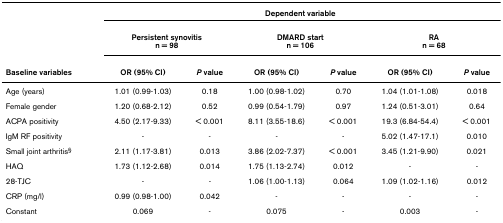
|  | <COLSPAN=6> Dependent variable |
 |  | <COLSPAN=2> Persistent synovitisn = 98 | <COLSPAN=2> DMARD startn = 106 | <COLSPAN=2> RAn = 68 |
 | Baseline variables | OR (95% CI) | P value | OR (95% CI) | P value | OR (95% CI) | P value |
 | --- | --- | --- | --- | --- | --- | --- |
 | Age (years) | 1.01 (0.99-1.03) | 0.18 | 1.00 (0.98-1.02) | 0.70 | 1.04 (1.01-1.08) | 0.018 |
 | Female gender | 1.20 (0.68-2.12) | 0.52 | 0.99 (0.54-1.79) | 0.97 | 1.24 (0.51-3.01) | 0.64 |
 | ACPA positivity | 4.50 (2.17-9.33) | < 0.001 | 8.11 (3.55-18.6) | < 0.001 | 19.3 (6.84-54.4) | < 0.001 |
 | IgM RF positivity | - | - | - | - | 5.02 (1.47-17.1) | 0.010 |
 | Small joint arthritis§ | 2.11 (1.17-3.81) | 0.013 | 3.86 (2.02-7.37) | < 0.001 | 3.45 (1.21-9.90) | 0.021 |
 | HAQ | 1.73 (1.12-2.68) | 0.014 | 1.75 (1.13-2.74) | 0.012 | - | - |
 | 28-TJC | - | - | 1.06 (1.00-1.13) | 0.064 | 1.09 (1.02-1.16) | 0.012 |
 | CRP (mg/l) | 0.99 (0.98-1.00) | 0.042 | - | - | - | - |
 | Constant | 0.069 | - | 0.075 | - | 0.003 | - |